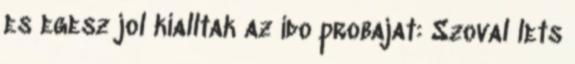
es egesz jol kialltak az ido probajat: Szoval lets